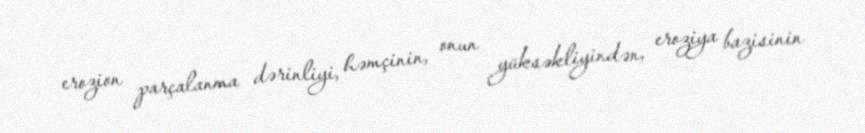
erozion parçalanma dərinliyi, həmçinin, onun yüksəkliyindən, eroziya bazisinin